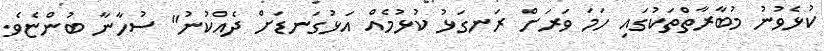
ކުޅެވުނު މުބާރާތްތަކުގައި ހަމަ ވަރަށް ރަނގަޅު ކުޅުމެއް އަޅުގަނޑަށް ދެއްކުނު" ސުހާނާ ބުންޏެވެ.